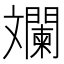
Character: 斕